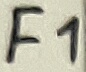
Text: F1